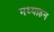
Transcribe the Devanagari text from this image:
मध्याहन